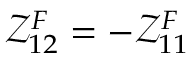
\mathcal { Z } _ { 1 2 } ^ { F } = - \mathcal { Z } _ { 1 1 } ^ { F }